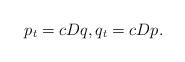
LaTeX: \begin{align*} p _ t = c D q , q _ t = c D p .\end{align*}